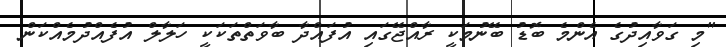
"މި ގަވާއިދުގެ އެންމެ ބޮޑު ބޭނުމަކީ ރާއްޖޭގައި އުފައްދާ ބާވަތްތަކަކީ ހަލާލް އުފެއްދުމެއްކަން